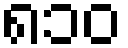
၈၁၀